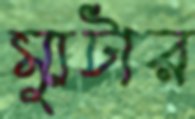
ম্যুটার